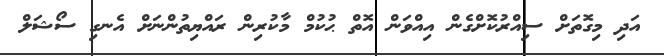
އަދި މިގޮތަށް ސިއްރުކޮށްގެން އިއްވަން އޮތް ޙުކުމް މާކުރިން ރައްޔިތުންނަށް އެނގި ސޯޝަލް